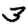
Digit: 3